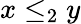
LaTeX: x\leq_{2}y